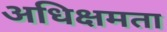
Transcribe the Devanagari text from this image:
अधिक्षमता